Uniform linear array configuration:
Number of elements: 24
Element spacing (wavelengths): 0.75
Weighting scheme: hamming
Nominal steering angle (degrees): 60
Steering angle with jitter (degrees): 59.084
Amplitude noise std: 0.05
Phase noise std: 0.05

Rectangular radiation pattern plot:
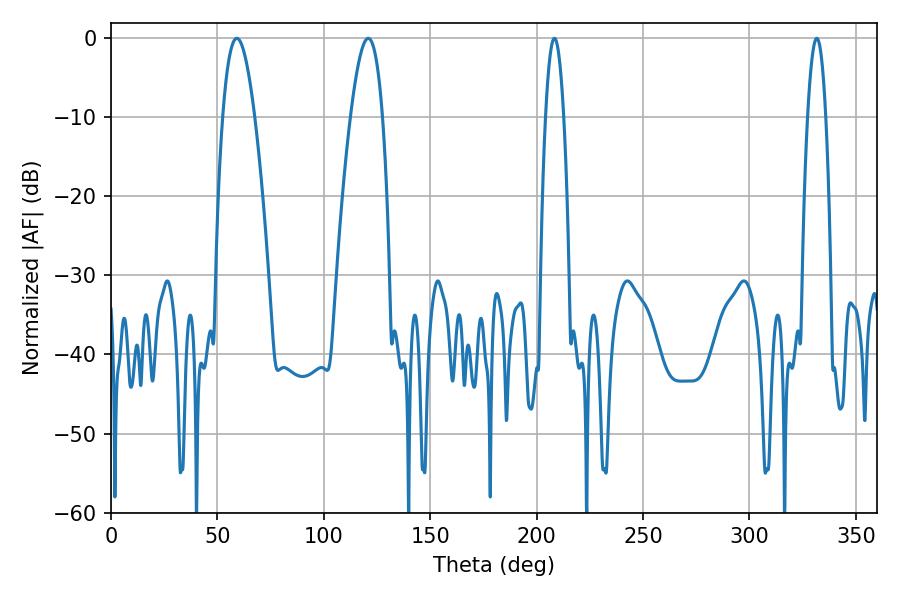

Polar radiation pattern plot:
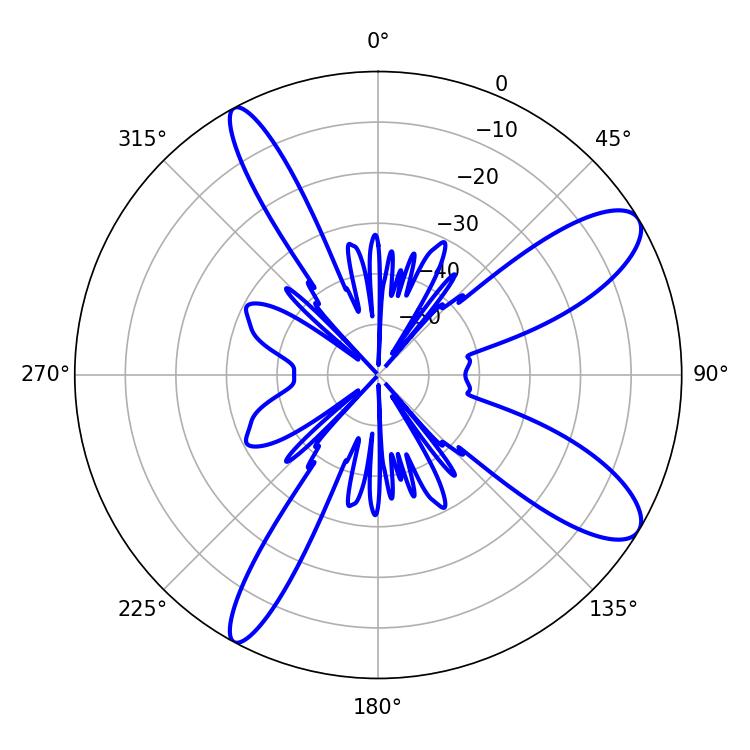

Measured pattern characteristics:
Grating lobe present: TRUE
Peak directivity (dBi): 10.402
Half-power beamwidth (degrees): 8.28
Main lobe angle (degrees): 59.04